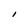
Character: I